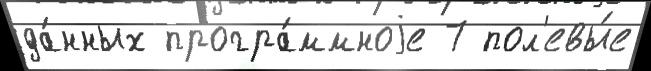
да́нных програ́ммноjе 7 пол'евы́е